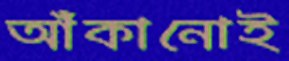
আঁকানোই